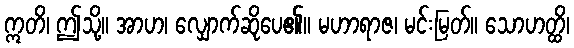
ဣတိ၊ ဤသို့။ အာဟ၊ လျှောက်ဆိုပေ၏။ မဟာရာဇ၊ မင်းမြတ်။ သောဟတ္ထိ၊